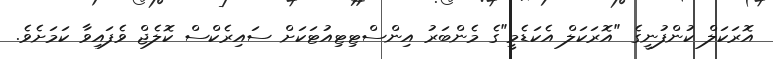
އޮރަކަލް ކުންފުނީގެ "އޮރަކަލް އެކަޑެމީ"ގެ މެންބަރު އިންސްޓިޓިއުޓަކަށް ސައިރެކްސް ކޮލެޖް ވެފައިވާ ކަމަށެވެ.